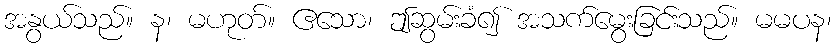
အနွယ်သည်။ န၊ မဟုတ်။ ဧသော၊ ဤဆွမ်းခံ၍ အသက်မွေးခြင်းသည်။ မမပန၊